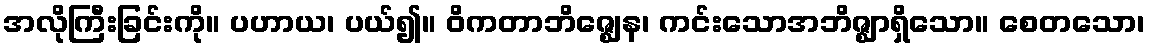
အလိုကြီးခြင်းကို။ ပဟာယ၊ ပယ်၍။ ဝိကတာဘိဇ္ဈေန၊ ကင်းသောအဘိဇ္ဈာရှိသော။ စေတသော၊